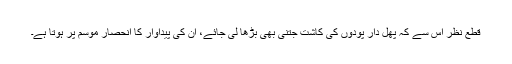
قطع نظر اس سے کہ پھل دار پودوں کی کاشت جتنی بھی بڑھا لی جائے، ان کی پیداوار کا انحصار موسم پر ہوتا ہے۔